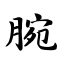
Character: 腕